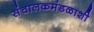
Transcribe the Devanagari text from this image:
संचालकमंडळाशी